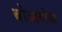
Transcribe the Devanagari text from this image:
बोआबोआ